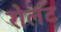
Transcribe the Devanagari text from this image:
रोलंट